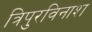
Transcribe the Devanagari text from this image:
त्रिपुरविनाश